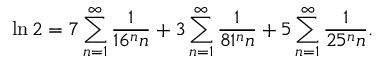
\ln 2 = 7 \sum _ { n = 1 } ^ { \infty } { \frac { 1 } { 1 6 ^ { n } n } } + 3 \sum _ { n = 1 } ^ { \infty } { \frac { 1 } { 8 1 ^ { n } n } } + 5 \sum _ { n = 1 } ^ { \infty } { \frac { 1 } { 2 5 ^ { n } n } } .